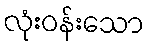
လုံးဝန်းသော